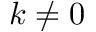
k \neq 0